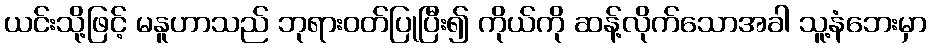
ယင်းသို့ဖြင့် မနူဟာသည် ဘုရားဝတ်ပြုပြီး၍ ကိုယ်ကို ဆန့်လိုက်သောအခါ သူ့နံဘေးမှာ